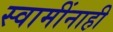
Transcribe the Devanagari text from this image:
स्वामींनाही